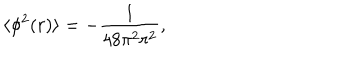
LaTeX: \langle \phi ^ { 2 } ( r ) \rangle = - \frac { 1 } { 4 8 \pi ^ { 2 } r ^ { 2 } } ,